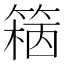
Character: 𥱓